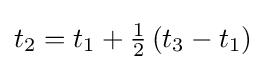
t_{2}=t_{1}+{\tfrac {1}{2}}\left(t_{3}-t_{1}\right)